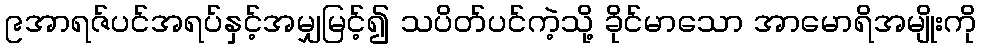
၉အာရဇ်ပင်အရပ်နှင့်အမျှမြင့်၍ သပိတ်ပင်ကဲ့သို့ ခိုင်မာသော အာမောရိအမျိုးကို